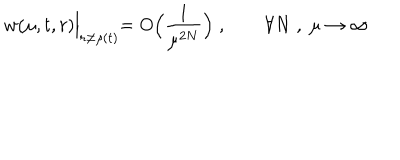
LaTeX: w ( \mu , t , r ) \Bigl | _ { r \ne \rho ( t ) } = O \Bigl ( \frac { 1 } { \mu ^ { 2 N } } \Bigr ) \; , \qquad \forall N \; , \; \mu \to \infty